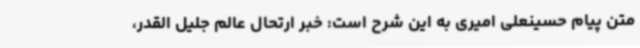
متن پیام حسینعلی امیری به این شرح است: خبر ارتحال عالم جلیل القدر،